Papers set at the Examination for Leaving Certificates, 1890
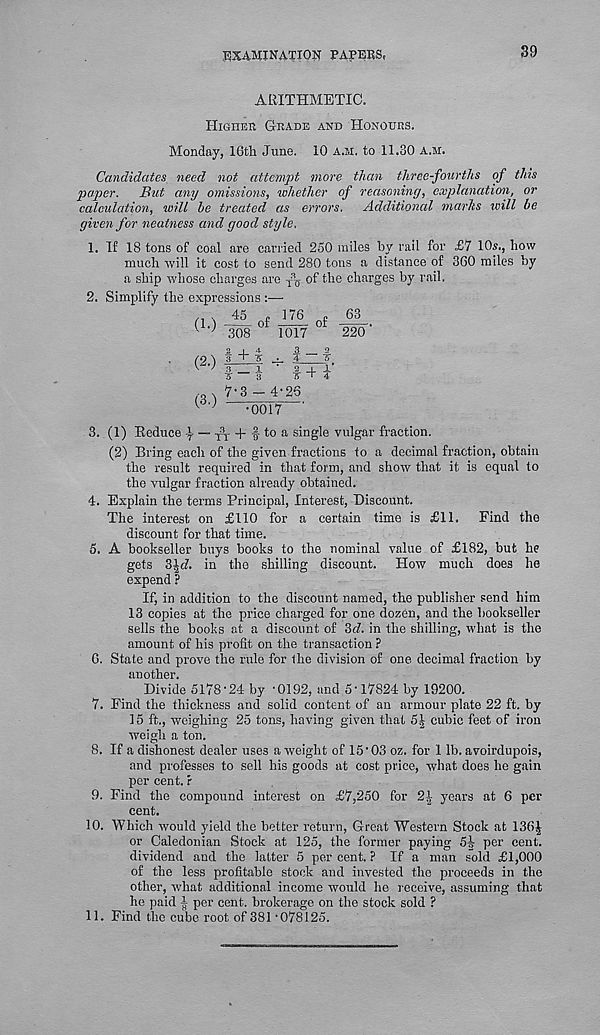
examination papers,
39
ARITHMETIC.
Higher Grade and Honours.
Monday, 16th June. 10 A.M. to 11.30 a.m.
Candidates need not attempt more than three-fourths of this
paper. But any omissions, whether of reasoning, explanation, or
calculation, will be treated as errors. Additional marhs ivill be
given for neatness and good style.
1. If 18 tons of coal are carried 250 miles by rail for £7 10s., how
much will it cost to send 280 tons a distance of 360 miles by
a ship whose charges are
of the charges by rail.
2. Simplify the expressions :—•
(1-)
45
308
of
176
1017
of
63
220
(2.)
(3.)
7'3 - 4-26
•0017
8. (1) Reduce — T
3
T + f to a single vulgar fraction.
(2) Bring each of the given fractions to a decimal fraction, obtain
the result required in that form, and show that it is equal to
the vulgar fraction already obtained.
4. Explain the terms Principal, Interest, Discount.
The interest on £110 for a certain time is £11. Find the
discount for that time.
5. A bookseller buys books to the nominal value of £182, but he
gets 3|t?. in the shilling discount. How much does he
expend ?
If, in addition to the discount named, the publisher send him
13 copies at the price charged for one dozen, and the bookseller
sells the books at a discount of 3c7. in the shilling, what is the
amount of his profit on the transaction ?
6. State and prove the rule for the division of one decimal fraction by
another.
Divide 5178-24 by -0192, and 5'17824 by 19200.
7. Find the thickness and solid content of an armour plate 22 ft. by
15 ft., weighing 25 tons, having given that
cubic feet of iron
weigh a ton.
8. If a dishonest dealer uses a weight of 15 ‘ 03 oz. for 1 lb. avoirdupois,
and professes to sell his goods at cost price, what does he gain
per cent, f
9. Find the compound interest on £7,250 for 24 years at 6 per
cent.
10. Which would yield the better return, Great Western Stock at 1364
or Caledonian Stock at 125, the former paying 5-i- per cent,
dividend and the latter 5 per cent. ? If a man sold £1,000
of the less profitable stock and invested the proceeds in the
other, what additional income would he receive, assuming that
he paid | per cent, brokerage on the stock sold ?
11. Find the cube root of 381 - 078125.